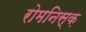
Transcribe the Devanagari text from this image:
रोमनिस्क़